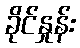
ခိုင်နှုန်း